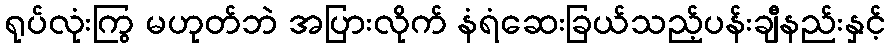
ရုပ်လုံးကြွ မဟုတ်ဘဲ အပြားလိုက် နံရံဆေးခြယ်သည့်ပန်းချီနည်းနှင့်